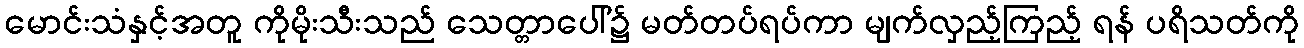
မောင်းသံနှင့်အတူ ကိုမိုးသီးသည် သေတ္တာပေါ်၌ မတ်တပ်ရပ်ကာ မျက်လှည့်ကြည့် ရန် ပရိသတ်ကို